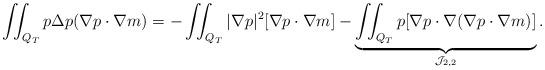
LaTeX: \begin{align*} \iint_{Q_T} p\Delta p (\nabla p \cdot \nabla m) = -\iint_{Q_T} |\nabla p|^2[\nabla p \cdot \nabla m] - \underbrace{\iint_{Q_T} p [\nabla p \cdot \nabla( \nabla p \cdot \nabla m)]}_{\mathcal{J}_{2,2}}. \end{align*}